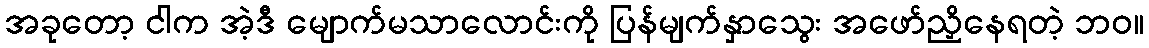
အခုတော့ ငါက အဲ့ဒီ မျောက်မသာလောင်းကို ပြန်မျက်နှာသွေး အဖော်ညှိနေရတဲ့ ဘဝ။